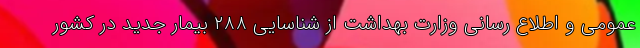
عمومی و اطلاع رسانی وزارت بهداشت از شناسایی ۲۸۸ بیمار جدید در کشور